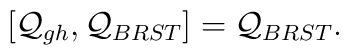
[{\cal Q}_{gh},{\cal Q}_{BRST}]={\cal Q}_{BRST}.